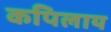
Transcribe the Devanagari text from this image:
कपिलाय